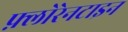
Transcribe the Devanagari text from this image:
फ़्लोरेनटाइन